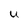
Character: U